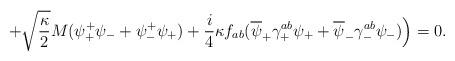
LaTeX: \begin{align*}+\sqrt{\frac{\kappa}{2}}M(\psi_+^+\psi_- +\psi_-^+\psi_+)+\frac{i}{4}\kappa f_{ab}(\overline{\psi}_+ \gamma_+^{ab}\psi_+ +\overline{\psi}_-\gamma_-^{ab}\psi_-)\Big)=0.\end{align*}